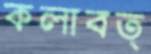
কলাবত্